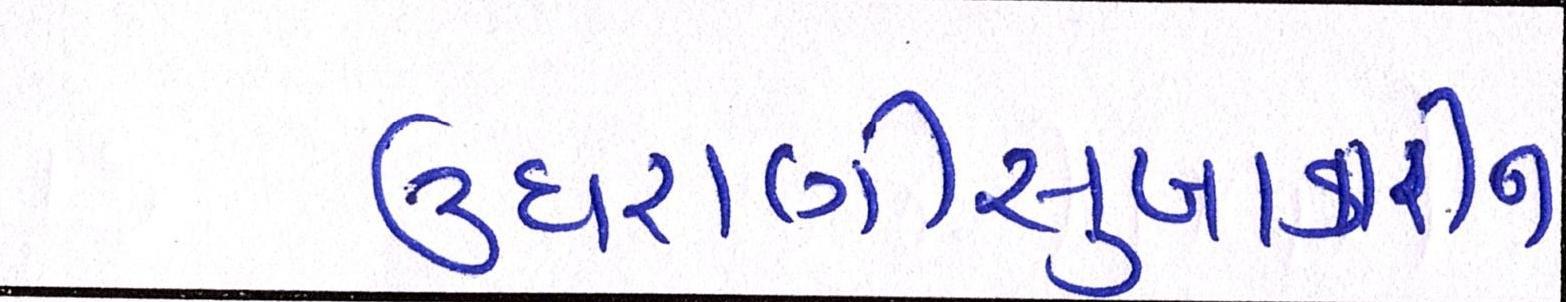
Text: ઉઘરાણીસુખાકારીને